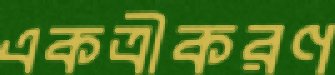
একত্রীকরণ